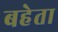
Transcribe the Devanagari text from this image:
बहेता